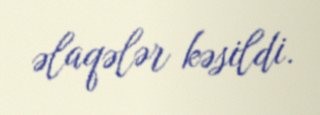
əlaqələr kəsildi.